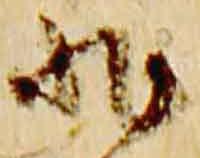
非